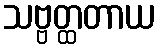
သဗ္ဗတ္ထတာယ